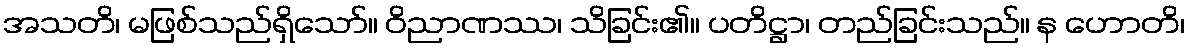
အသတိ၊ မဖြစ်သည်ရှိသော်။ ဝိညာဏဿ၊ သိခြင်း၏။ ပတိဋ္ဌာ၊ တည်ခြင်းသည်။ န ဟောတိ၊